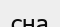
сна